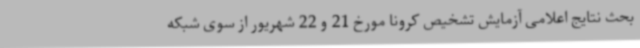
بحث نتایج اعلامی آزمایش تشخیص کرونا مورخ 21 و 22 شهریور از سوی شبکه